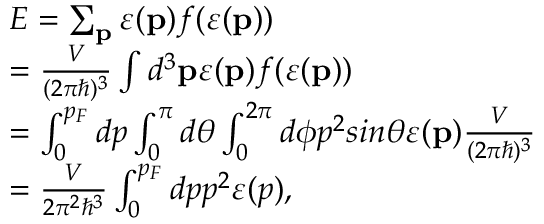
\begin{array} { l } { E = \sum _ { \mathbf { p } } \varepsilon ( \mathbf { p } ) f ( \varepsilon ( \mathbf { p } ) ) } \\ { = \frac { V } { ( 2 \pi \hbar ) ^ { 3 } } \int d ^ { 3 } \mathbf { p } \varepsilon ( \mathbf { p } ) f ( \varepsilon ( \mathbf { p } ) ) } \\ { = \int _ { 0 } ^ { p _ { F } } d p \int _ { 0 } ^ { \pi } d \theta \int _ { 0 } ^ { 2 \pi } d \phi p ^ { 2 } s i n \theta \varepsilon ( \mathbf { p } ) \frac { V } { ( 2 \pi \hbar ) ^ { 3 } } } \\ { = \frac { V } { 2 \pi ^ { 2 } \hbar ^ { 3 } } \int _ { 0 } ^ { p _ { F } } d p p ^ { 2 } \varepsilon ( p ) , } \end{array}